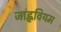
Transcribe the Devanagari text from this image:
जाह्नवियम